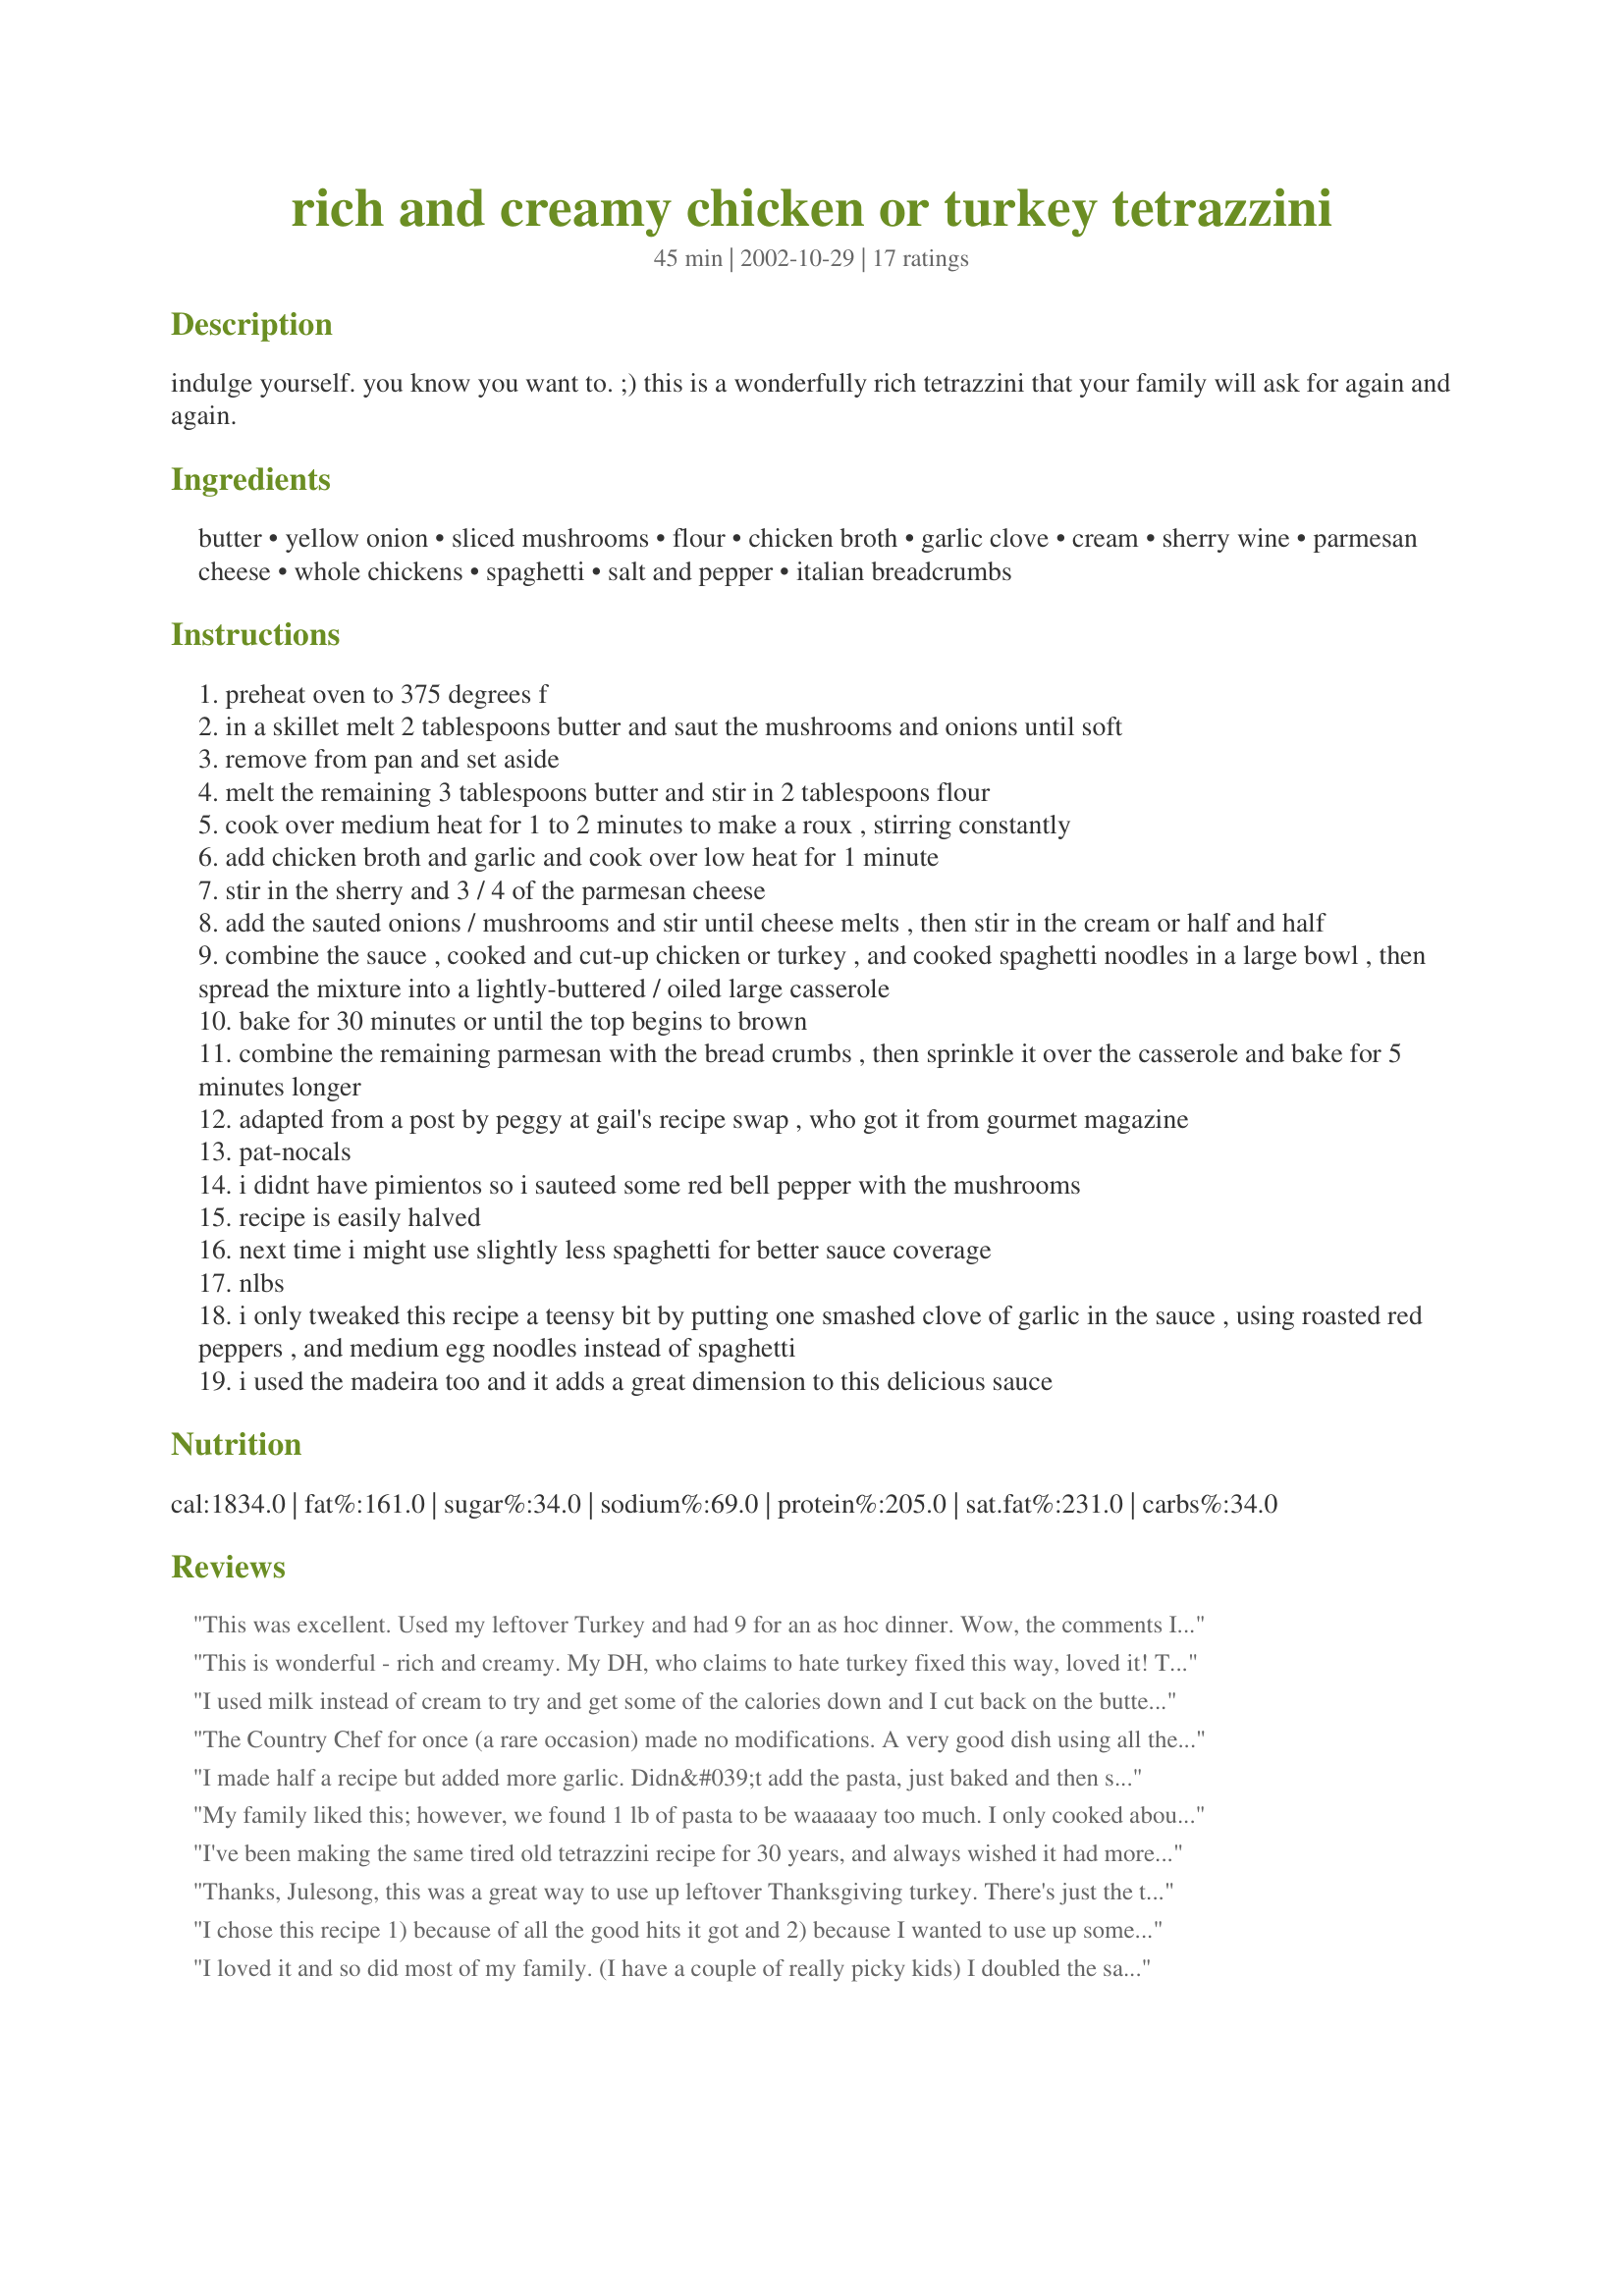
rich and creamy chicken or turkey tetrazzini
Preparation time: 45 minutes

indulge yourself. you know you want to. ;) this is a wonderfully rich tetrazzini that your family will ask for again and again.

Ingredients:
butter, yellow onion, sliced mushrooms, flour, chicken broth, garlic clove, cream, sherry wine, parmesan cheese, whole chickens, spaghetti, salt and pepper, italian breadcrumbs

Steps:
preheat oven to 375 degrees f
in a skillet melt 2 tablespoons butter and saut the mushrooms and onions until soft
remove from pan and set aside
melt the remaining 3 tablespoons butter and stir in 2 tablespoons flour
cook over medium heat for 1 to 2 minutes to make a roux , stirring constantly
add chicken broth and garlic and cook over low heat for 1 minute
stir in the sherry and 3 / 4 of the parmesan cheese
add the sauted onions / mushrooms and stir until cheese melts , then stir in the cream or half and half
combine the sauce , cooked and cut-up chicken or turkey , and cooked spaghetti noodles in a large bowl , then spread the mixture into a lightly-buttered / oiled large casserole
bake for 30 minutes or until the top begins to brown
combine the remaining parmesan with the bread crumbs , then sprinkle it over the casserole and bake for 5 minutes longer
adapted from a post by peggy at gail's recipe swap , who got it from gourmet magazine
pat-nocals
i didnt have pimientos so i sauteed some red bell pepper with the mushrooms
recipe is easily halved
next time i might use slightly less spaghetti for better sauce coverage
nlbs
i only tweaked this recipe a teensy bit by putting one smashed clove of garlic in the sauce , using roasted red peppers , and medium egg noodles instead of spaghetti
i used the madeira too and it adds a great dimension to this delicious sauce

Reviews:
This was excellent. Used my leftover Turkey and had 9 for an as hoc dinner. Wow, the comments I got were fantastic. By the way, I doubled the recipe. For sure, I will serve it again. Thanks for sharing.
This is wonderful - rich and creamy. My DH, who claims to hate turkey fixed this way, loved it! The only change I made was to use a sweet onion instead of yellow - and not a whole onion. Yummy!
I used milk instead of cream to try and get some of the calories down and I cut back on the butter. I also skipped the bread crumb / cheese topping. It still came out great. The sherry really makes this dish.
The Country Chef for once (a rare occasion) made no modifications. A very good dish using all the wonderful ingredients (cream, sherry, garlic, parmesan) to help the turkey find your gullet.
I made half a recipe but added more garlic. Didn&#039;t add the pasta, just baked and then served over the pasta. I like it creamy without the pasta sucking up the sauce. DH had two big bowls and we still had a little left over.
My family liked this; however, we found 1 lb of pasta to be waaaaay too much. I only cooked about 3/4 of the pkg and it was still on the dry side. If I make this again, I would use only 1/2 lb of pasta. I also added a 2 oz jar of pimentos, because my mom always used pimentos in her tetrazzini.
I've been making the same tired old tetrazzini recipe for 30 years, and always wished it had more pizzazz. The addition of garlic in the sauce and breadcrumb topping did the trick! My husband's comment was, "I don't know what you did differently, but this the best you've ever made!" Thanks, Julesong.
Thanks, Julesong, this was a great way to use up leftover Thanksgiving turkey. There's just the two of us, so I would cut the recipe in half next time. The sherry and heavy cream give this a really lovely richness and flavor.It did take me longer to prep than 5 minutes because I didn't have everything pre-diced & chopped, and I had to cook the pasta.
I chose this recipe 1) because of all the good hits it got and 2) because I wanted to use up some mushrooms, whipping cream and chicken. I can't say I was blown away with the taste and the final presentation of the dish really put me off. There were 5 sitting at my table and we all agreed that it was eatable....but the visual apeal of this dish was way off! Sorry, but we are going to decline on this one!
I loved it and so did most of my family. (I have a couple of really picky kids) I doubled the sauce minus the mushrooms because I was short on those. So I added a can of cream of mushroom to help thicken my sauce a touch and to add some of my missing mushroom. We like our pasta dishes very saucy so there was just enough sauce left over to make a small cassarole with half a box of multigrain penne I spiced that one up a little more since I wasnt planning on feeding it to my picky little ones. Thanks for the recipe. Sansy
I'm sorry, but I did not like this at all. I did the recipe as is...no changes and my husband and I didn't touch it. We ended up going out to eat that night. Sorry.
This was wonderful ... even though I'm vegetarian, I took a nip of the pasta and mushrooms - this has SOME flavor! The boyfriend wanted to know what kind of cheese was used in the sauce; the parmesan really makes it great (the sherry is a nice addition, too - I absolutely love sherry in dishes)! 
The only modification that I made was to add a little melted butter to the crumbs, and I sprinkled a small amount of garlic powder over the crumb/parmesan topping (I used unseasoned Italian crumbs).
Although it wouldn't be very "traditional", I think I'm going to concoct a version for myself using either salmon or tuna.
Delicious comfort food, Julesong! Definite 5-star recipe!
This was an awesome recipe we all enjoyed it very much. My prep time was not even close to the 5 minutes you had listed, mine was more like close to an hour as I had no left over chicken or turkey!! I boiled some chicken breasts in chicken broth, and the only changes I made were I used white cooking wine I did not have the sherry and I used only a half pound of pasta those were the only changes and the flavor was out of this world. I will definately make this again. Thanks Julesong for a keeper of a recipe!!!
Very good Chicken Tetrazzini.It made a 13x9 casserole dish.Good for a potluck supper.I would of just made more sauce as,it was a little dry.Thanks for the recipe.
I tweaked this recipe to make it vegan by using vegetable broth instead of chicken stock, vegan parmesan, rice milk instead of cream, and omitting the chicken. I also added some sliced carrots. It was GREAT!
I was following a "Request a recipe" thread requesting suggestions on how to use leftover turkey. There were several recommendations, but when I saw this recipe I knew I had to try it. I was not disappointed. It is wonderful!! Very rich in flavor and stick to your bones good. Thanks Julesong, for coming through yet again! :o)
I took a chance and made this for the first time for company and was not disappointed. I made it in advance and put it into the oven as guests arrived - 30 min later dinner is served!

Very creamy and flavorful but not too rich (I used Half and Half). This one is a keeper!
